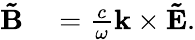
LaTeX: \begin{array}{rl}{\mathbf{\tilde{B}}}&{{}=\frac{c}{\omega}\mathbf{k}\times\mathbf{\tilde{E}}.}\end{array}